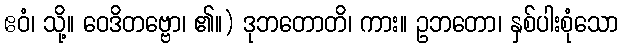
ဧဝံ၊ သို့။ ဝေဒိတဗ္ဗော၊ ၏။) ဒုဘတောတိ၊ ကား။ ဥဘတော၊ နှစ်ပါးစုံသော